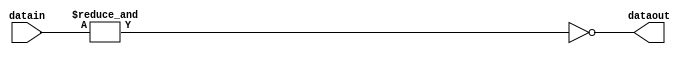
module  max_asynch_sexp (datain, dataout);
    input  [51:0] datain;
    output dataout;
    reg tmp_dataout;
    wire [51:0] idatain;
    buf (idatain[0], datain[0]);
    buf (idatain[1], datain[1]);
    buf (idatain[2], datain[2]);
    buf (idatain[3], datain[3]);
    buf (idatain[4], datain[4]);
    buf (idatain[5], datain[5]);
    buf (idatain[6], datain[6]);
    buf (idatain[7], datain[7]);
    buf (idatain[8], datain[8]);
    buf (idatain[9], datain[9]);
    buf (idatain[10], datain[10]);
    buf (idatain[11], datain[11]);
    buf (idatain[12], datain[12]);
    buf (idatain[13], datain[13]);
    buf (idatain[14], datain[14]);
    buf (idatain[15], datain[15]);
    buf (idatain[16], datain[16]);
    buf (idatain[17], datain[17]);
    buf (idatain[18], datain[18]);
    buf (idatain[19], datain[19]);
    buf (idatain[20], datain[20]);
    buf (idatain[21], datain[21]);
    buf (idatain[22], datain[22]);
    buf (idatain[23], datain[23]);
    buf (idatain[24], datain[24]);
    buf (idatain[25], datain[25]);
    buf (idatain[26], datain[26]);
    buf (idatain[27], datain[27]);
    buf (idatain[28], datain[28]);
    buf (idatain[29], datain[29]);
    buf (idatain[30], datain[30]);
    buf (idatain[31], datain[31]);
    buf (idatain[32], datain[32]);
    buf (idatain[33], datain[33]);
    buf (idatain[34], datain[34]);
    buf (idatain[35], datain[35]);
    buf (idatain[36], datain[36]);
    buf (idatain[37], datain[37]);
    buf (idatain[38], datain[38]);
    buf (idatain[39], datain[39]);
    buf (idatain[40], datain[40]);
    buf (idatain[41], datain[41]);
    buf (idatain[42], datain[42]);
    buf (idatain[43], datain[43]);
    buf (idatain[44], datain[44]);
    buf (idatain[45], datain[45]);
    buf (idatain[46], datain[46]);
    buf (idatain[47], datain[47]);
    buf (idatain[48], datain[48]);
    buf (idatain[49], datain[49]);
    buf (idatain[50], datain[50]);
    buf (idatain[51], datain[51]);
    specify
    (datain[0] => dataout) = (0, 0) ;
    (datain[1] => dataout) = (0, 0) ;
    (datain[2] => dataout) = (0, 0) ;
    (datain[3] => dataout) = (0, 0) ;
    (datain[4] => dataout) = (0, 0) ;
    (datain[5] => dataout) = (0, 0) ;
    (datain[6] => dataout) = (0, 0) ;
    (datain[7] => dataout) = (0, 0) ;
    (datain[8] => dataout) = (0, 0) ;
    (datain[9] => dataout) = (0, 0) ;
    (datain[10] => dataout) = (0, 0) ;
    (datain[11] => dataout) = (0, 0) ;
    (datain[12] => dataout) = (0, 0) ;
    (datain[13] => dataout) = (0, 0) ;
    (datain[14] => dataout) = (0, 0) ;
    (datain[15] => dataout) = (0, 0) ;
    (datain[16] => dataout) = (0, 0) ;
    (datain[17] => dataout) = (0, 0) ;
    (datain[18] => dataout) = (0, 0) ;
    (datain[19] => dataout) = (0, 0) ;
    (datain[20] => dataout) = (0, 0) ;
    (datain[21] => dataout) = (0, 0) ;
    (datain[22] => dataout) = (0, 0) ;
    (datain[23] => dataout) = (0, 0) ;
    (datain[24] => dataout) = (0, 0) ;
    (datain[25] => dataout) = (0, 0) ;
    (datain[26] => dataout) = (0, 0) ;
    (datain[27] => dataout) = (0, 0) ;
    (datain[28] => dataout) = (0, 0) ;
    (datain[29] => dataout) = (0, 0) ;
    (datain[30] => dataout) = (0, 0) ;
    (datain[31] => dataout) = (0, 0) ;
    (datain[32] => dataout) = (0, 0) ;
    (datain[33] => dataout) = (0, 0) ;
    (datain[34] => dataout) = (0, 0) ;
    (datain[35] => dataout) = (0, 0) ;
    (datain[36] => dataout) = (0, 0) ;
    (datain[37] => dataout) = (0, 0) ;
    (datain[38] => dataout) = (0, 0) ;
    (datain[39] => dataout) = (0, 0) ;
    (datain[40] => dataout) = (0, 0) ;
    (datain[41] => dataout) = (0, 0) ;
    (datain[42] => dataout) = (0, 0) ;
    (datain[43] => dataout) = (0, 0) ;
    (datain[44] => dataout) = (0, 0) ;
    (datain[45] => dataout) = (0, 0) ;
    (datain[46] => dataout) = (0, 0) ;
    (datain[47] => dataout) = (0, 0) ;
    (datain[48] => dataout) = (0, 0) ;
    (datain[49] => dataout) = (0, 0) ;
    (datain[50] => dataout) = (0, 0) ;
    (datain[51] => dataout) = (0, 0) ;
    endspecify
always @ (idatain)
begin
	tmp_dataout = ~(&idatain);
end
and (dataout, tmp_dataout, 'b1);
endmodule